Civil Veterinary Dept. Assam report 1927-50 - 1927-1950
Year: 1927
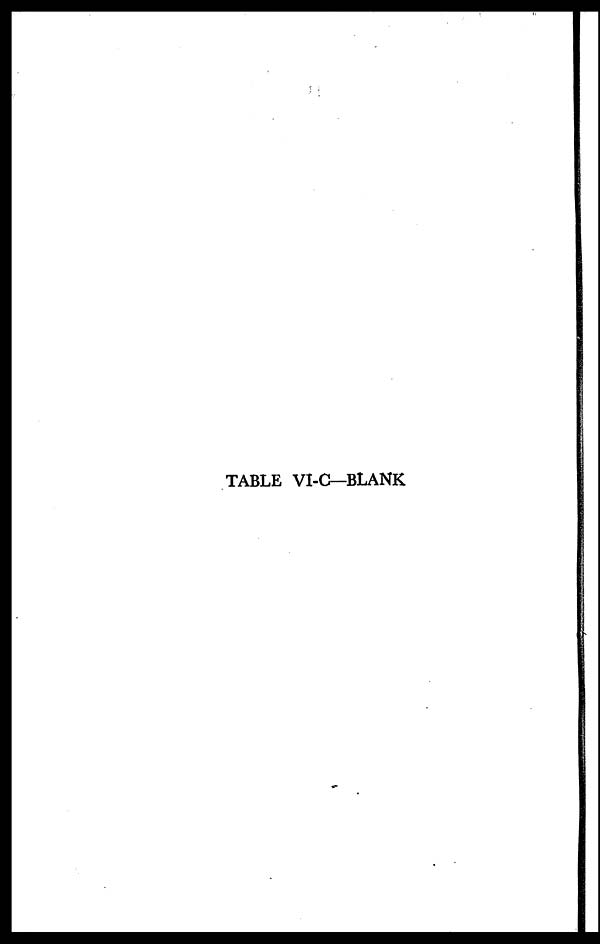
TABLE VI-C—BLANK